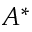
A ^ { * }